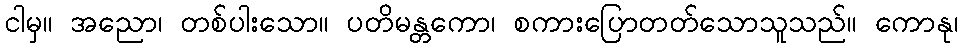
ငါမှ။ အညော၊ တစ်ပါးသော။ ပတိမန္တကော၊ စကားပြောတတ်သောသူသည်။ ကောနု၊